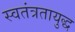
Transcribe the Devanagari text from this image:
स्वतंत्रतायुद्ध